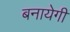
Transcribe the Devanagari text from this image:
बनायेगी